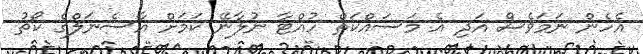
އެހެން ނަމަވެސް އަދި އެ މަސައްކަތް ހުއްޓާ ނުލާނޭ ކަމަށް އާސެނަލްގެ ކޯޗު